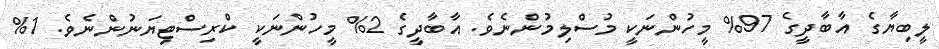
ލީބިޔާގެ އާބާދީގެ 97% މީހުންނަކީ މުސްލިމުންނެވެ. އާބާދީގެ 2% މީހުންނަކީ ކްރިސްޓިޔަނުންނެވެ. 1%